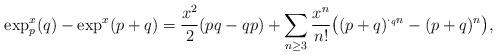
LaTeX: \begin{align*}\exp^x_p(q) - \exp^x(p+q)=\frac{x^2}{2}(pq-qp)+\sum_{n \ge 3}\frac{x^n}{n!}\big((p+q)^{\cdot_q n}-(p+q)^n\big),\end{align*}